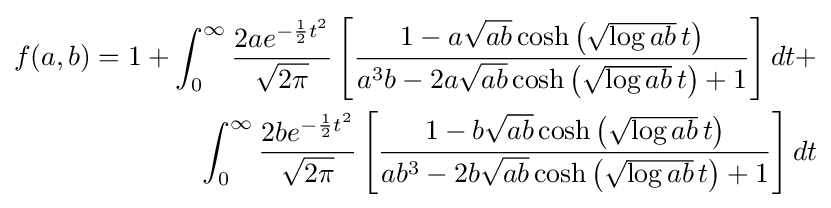
{\begin{aligned}f(a,b)=1+\int _{0}^{\infty }{\frac {2ae^{-{\frac {1}{2}}t^{2}}}{\sqrt {2\pi }}}\left[{\frac {1-a{\sqrt {ab}}\cosh \left({\sqrt {\log ab}}\,t\right)}{a^{3}b-2a{\sqrt {ab}}\cosh \left({\sqrt {\log ab}}\,t\right)+1}}\right]dt+\\\int _{0}^{\infty }{\frac {2be^{-{\frac {1}{2}}t^{2}}}{\sqrt {2\pi }}}\left[{\frac {1-b{\sqrt {ab}}\cosh \left({\sqrt {\log ab}}\,t\right)}{ab^{3}-2b{\sqrt {ab}}\cosh \left({\sqrt {\log ab}}\,t\right)+1}}\right]dt\end{aligned}}